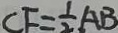
C F = \frac { 1 } { 2 } A B